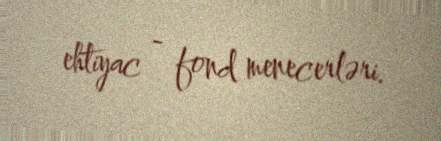
ehtiyac - fond menecerləri.